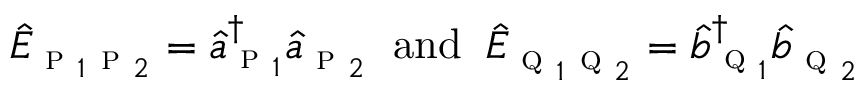
\begin{array} { r } { \hat { E } _ { \textsc { p } _ { 1 } \textsc { p } _ { 2 } } = \hat { a } _ { \textsc { p } _ { 1 } } ^ { \dagger } \hat { a } _ { \textsc { p } _ { 2 } } \; \; \mathrm { a n d } \; \; \hat { E } _ { \textsc { q } _ { 1 } \textsc { q } _ { 2 } } = \hat { b } _ { \textsc { q } _ { 1 } } ^ { \dagger } \hat { b } _ { \textsc { q } _ { 2 } } } \end{array}